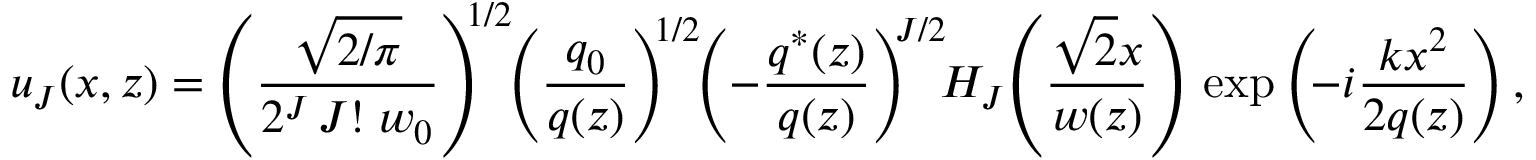
u _ { J } ( x , z ) = \left( { \frac { \sqrt { 2 / \pi } } { 2 ^ { J } \, J ! \; w _ { 0 } } } \right) ^ { \! \! 1 / 2 } \! \! \left( { \frac { { q } _ { 0 } } { { q } ( z ) } } \right) ^ { \! \! 1 / 2 } \! \! \left( - { \frac { { q } ^ { \ast } ( z ) } { { q } ( z ) } } \right) ^ { \! \! J / 2 } \! \! H _ { J } \! \left( { \frac { { \sqrt { 2 } } x } { w ( z ) } } \right) \, \exp \left( \! - i { \frac { k x ^ { 2 } } { 2 { q } ( z ) } } \right) ,